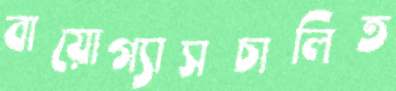
বায়োগ্যাসচালিত